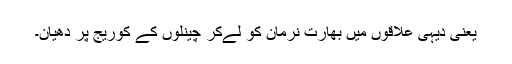
یعنی دیہی علاقوں میں بھارت نرمان کو لےکر چینلوں کے کوریج پر دھیان۔